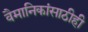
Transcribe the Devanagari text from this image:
वैमानिकांसाठीही